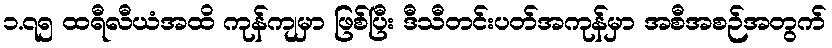
၁.၇၅ ထရီလီယံအထိ ကုန်ကျမှာ ဖြစ်ပြီး ဒီသီတင်းပတ်အကုန်မှာ အစီအစဉ်အတွက်